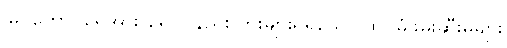
မြင်ကောင်ရေအား ရေငုပ်နည်း ပွားများရရှိသော ထပ်မံဖမ်းဆီးမှုများ